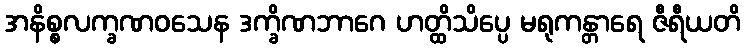
အနိစ္စလက္ခဏဝသေန ဒက္ခိဏဘာဂေ ဟတ္ထိသိပ္ပေ မရုကန္တာရေ ဇီရီယတိ